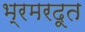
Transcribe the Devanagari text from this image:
भ्रमरदूत